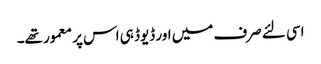
اسی لئے صرف میں اور ڈیوڈ ہی اس پر معمور تھے۔